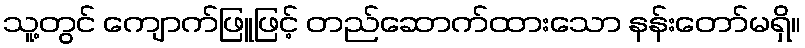
သူ့တွင် ကျောက်ဖြူဖြင့် တည်ဆောက်ထားသော နန်းတော်မရှိ။